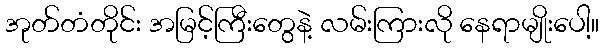
အုတ်တံတိုင်း အမြင့်ကြီးတွေနဲ့ လမ်းကြားလို နေရာမျိုးပေါ့။